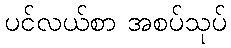
ပင်လယ်စာ အစပ်သုပ်